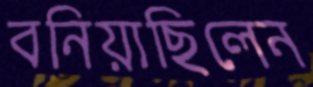
বনিয়াছিলেন